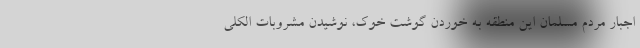
اجبار مردم مسلمان این منطقه به خوردن گوشت خوک، نوشیدن مشروبات الکلی